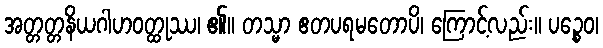
အတ္တတ္တနိယဂါဟဝတ္ထုဿ၊ ၏။ တသ္မာ ဧတပရမတောပိ၊ ကြောင့်လည်း။ ပဉ္စေဝ၊